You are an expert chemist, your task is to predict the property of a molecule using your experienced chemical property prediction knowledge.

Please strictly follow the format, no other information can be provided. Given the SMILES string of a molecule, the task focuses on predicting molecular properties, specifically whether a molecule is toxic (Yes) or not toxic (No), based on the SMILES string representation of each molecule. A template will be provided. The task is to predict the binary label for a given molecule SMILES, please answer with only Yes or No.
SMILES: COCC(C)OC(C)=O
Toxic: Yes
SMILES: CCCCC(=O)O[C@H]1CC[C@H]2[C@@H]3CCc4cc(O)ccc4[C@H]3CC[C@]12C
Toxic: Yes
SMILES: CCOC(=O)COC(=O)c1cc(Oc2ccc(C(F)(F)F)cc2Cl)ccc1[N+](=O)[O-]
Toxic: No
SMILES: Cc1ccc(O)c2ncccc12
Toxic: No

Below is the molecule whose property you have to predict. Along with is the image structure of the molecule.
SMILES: CCCCCCCCCCCCc1ccc(O)cc1
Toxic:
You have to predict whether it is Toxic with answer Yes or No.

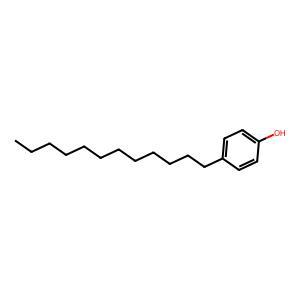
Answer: No